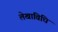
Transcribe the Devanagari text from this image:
लेखाविधि